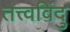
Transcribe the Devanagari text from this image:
तत्त्वविंदु